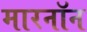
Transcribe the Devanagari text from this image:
मारनॉन